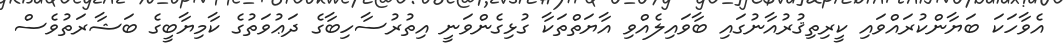
އެވާހަކަ ބަޔާންކުރައްވައި ކީރިތިޤުރުއާނުގައި ބާވައިލެއްވި އާޔަތްތަކާ ގުޅިގެންވަނީ އިތުރުސާހިބާގެ ދަޢުވަތުގެ ކާމިޔާބީގެ ބަޝާރަތުވެސް